Rangoon Lunatic Asylum 1898-1906 - 1898-1906
Year: 1898
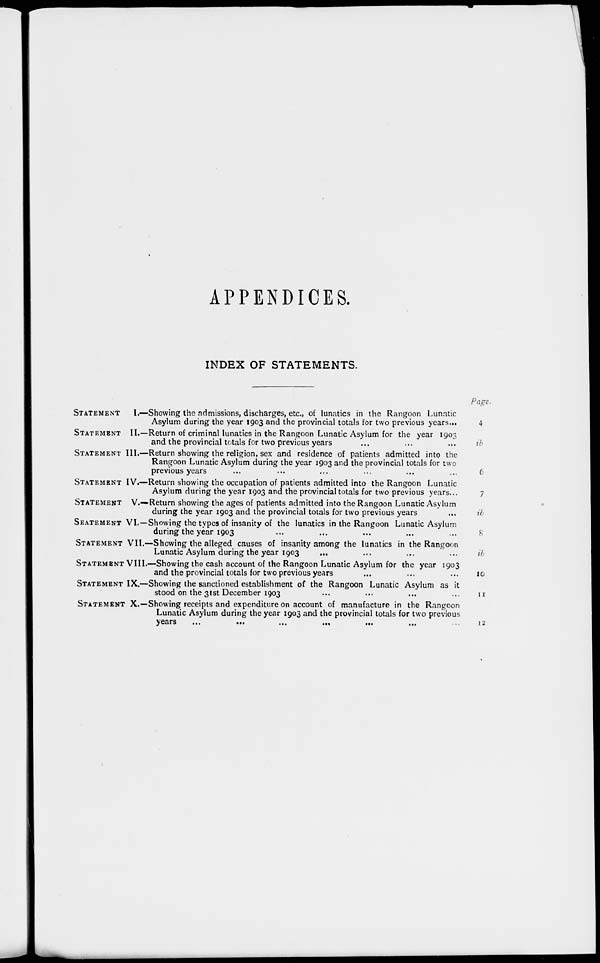
APPENDICES.
INDEX OF STATEMENTS.
STATEMENT I.—Showing the admissions, discharges, etc., of lunatics in the Rangoon Lunatic
Asylum during the year 1903 and the provincial totals for two previous years...
STATEMENT II.—Return of criminal lunatics in the Rangoon Lunatic Asylum for the year 1903
and the provincial totals for two previous years ... ... ... ...
STATEMENT III.—Return showing the religion, sex and residence of patients admitted into the
Rangoon Lunatic Asylum during the year 1903 and the provincial totals for two
previous years ... ... ... ... ... ... ...
STATEMENT IV.—Return showing the occupation of patients admitted into the Rangoon Lunatic
Asylum during the year 1903 and the provincial totals for two previous years...
STATEMENT V.—Return showing the ages of patients admitted into the Rangoon Lunatic Asylum
during the year 1903 and the provincial totals for two previous years ... ...
STATEMENT VI.—Showing the types of insanity of the lunatics in the Rangoon Lunatic Asylum
during the year 1903 ... ... ... ... ... ... ...
STATEMENT VII.—Showing the alleged causes of insanity among the lunatics in the Rangoon
Lunatic Asylum during the year 1903 ... ... ... ... ...
STATEMENT VIII.—Showing the cash account of the Rangoon Lunatic Asylum for the year 1903
and the provincial totals for two previous years ... ... ... ... ...
STATEMENT IX.—Showing the sanctioned establishment of the Rangoon Lunatic Asylum as it
stood on the 31st December 1903 ... ... ... ... ...
STATEMENT X.—Showing receipts and expenditure on account of manufacture in the Rangoon
Lunatic Asylum during the year 1903 and the provincial totals for two previous
years
...
...
...
...
...
...
...
Page.
4
ib
6
7
ib
8
ib
10
11
12